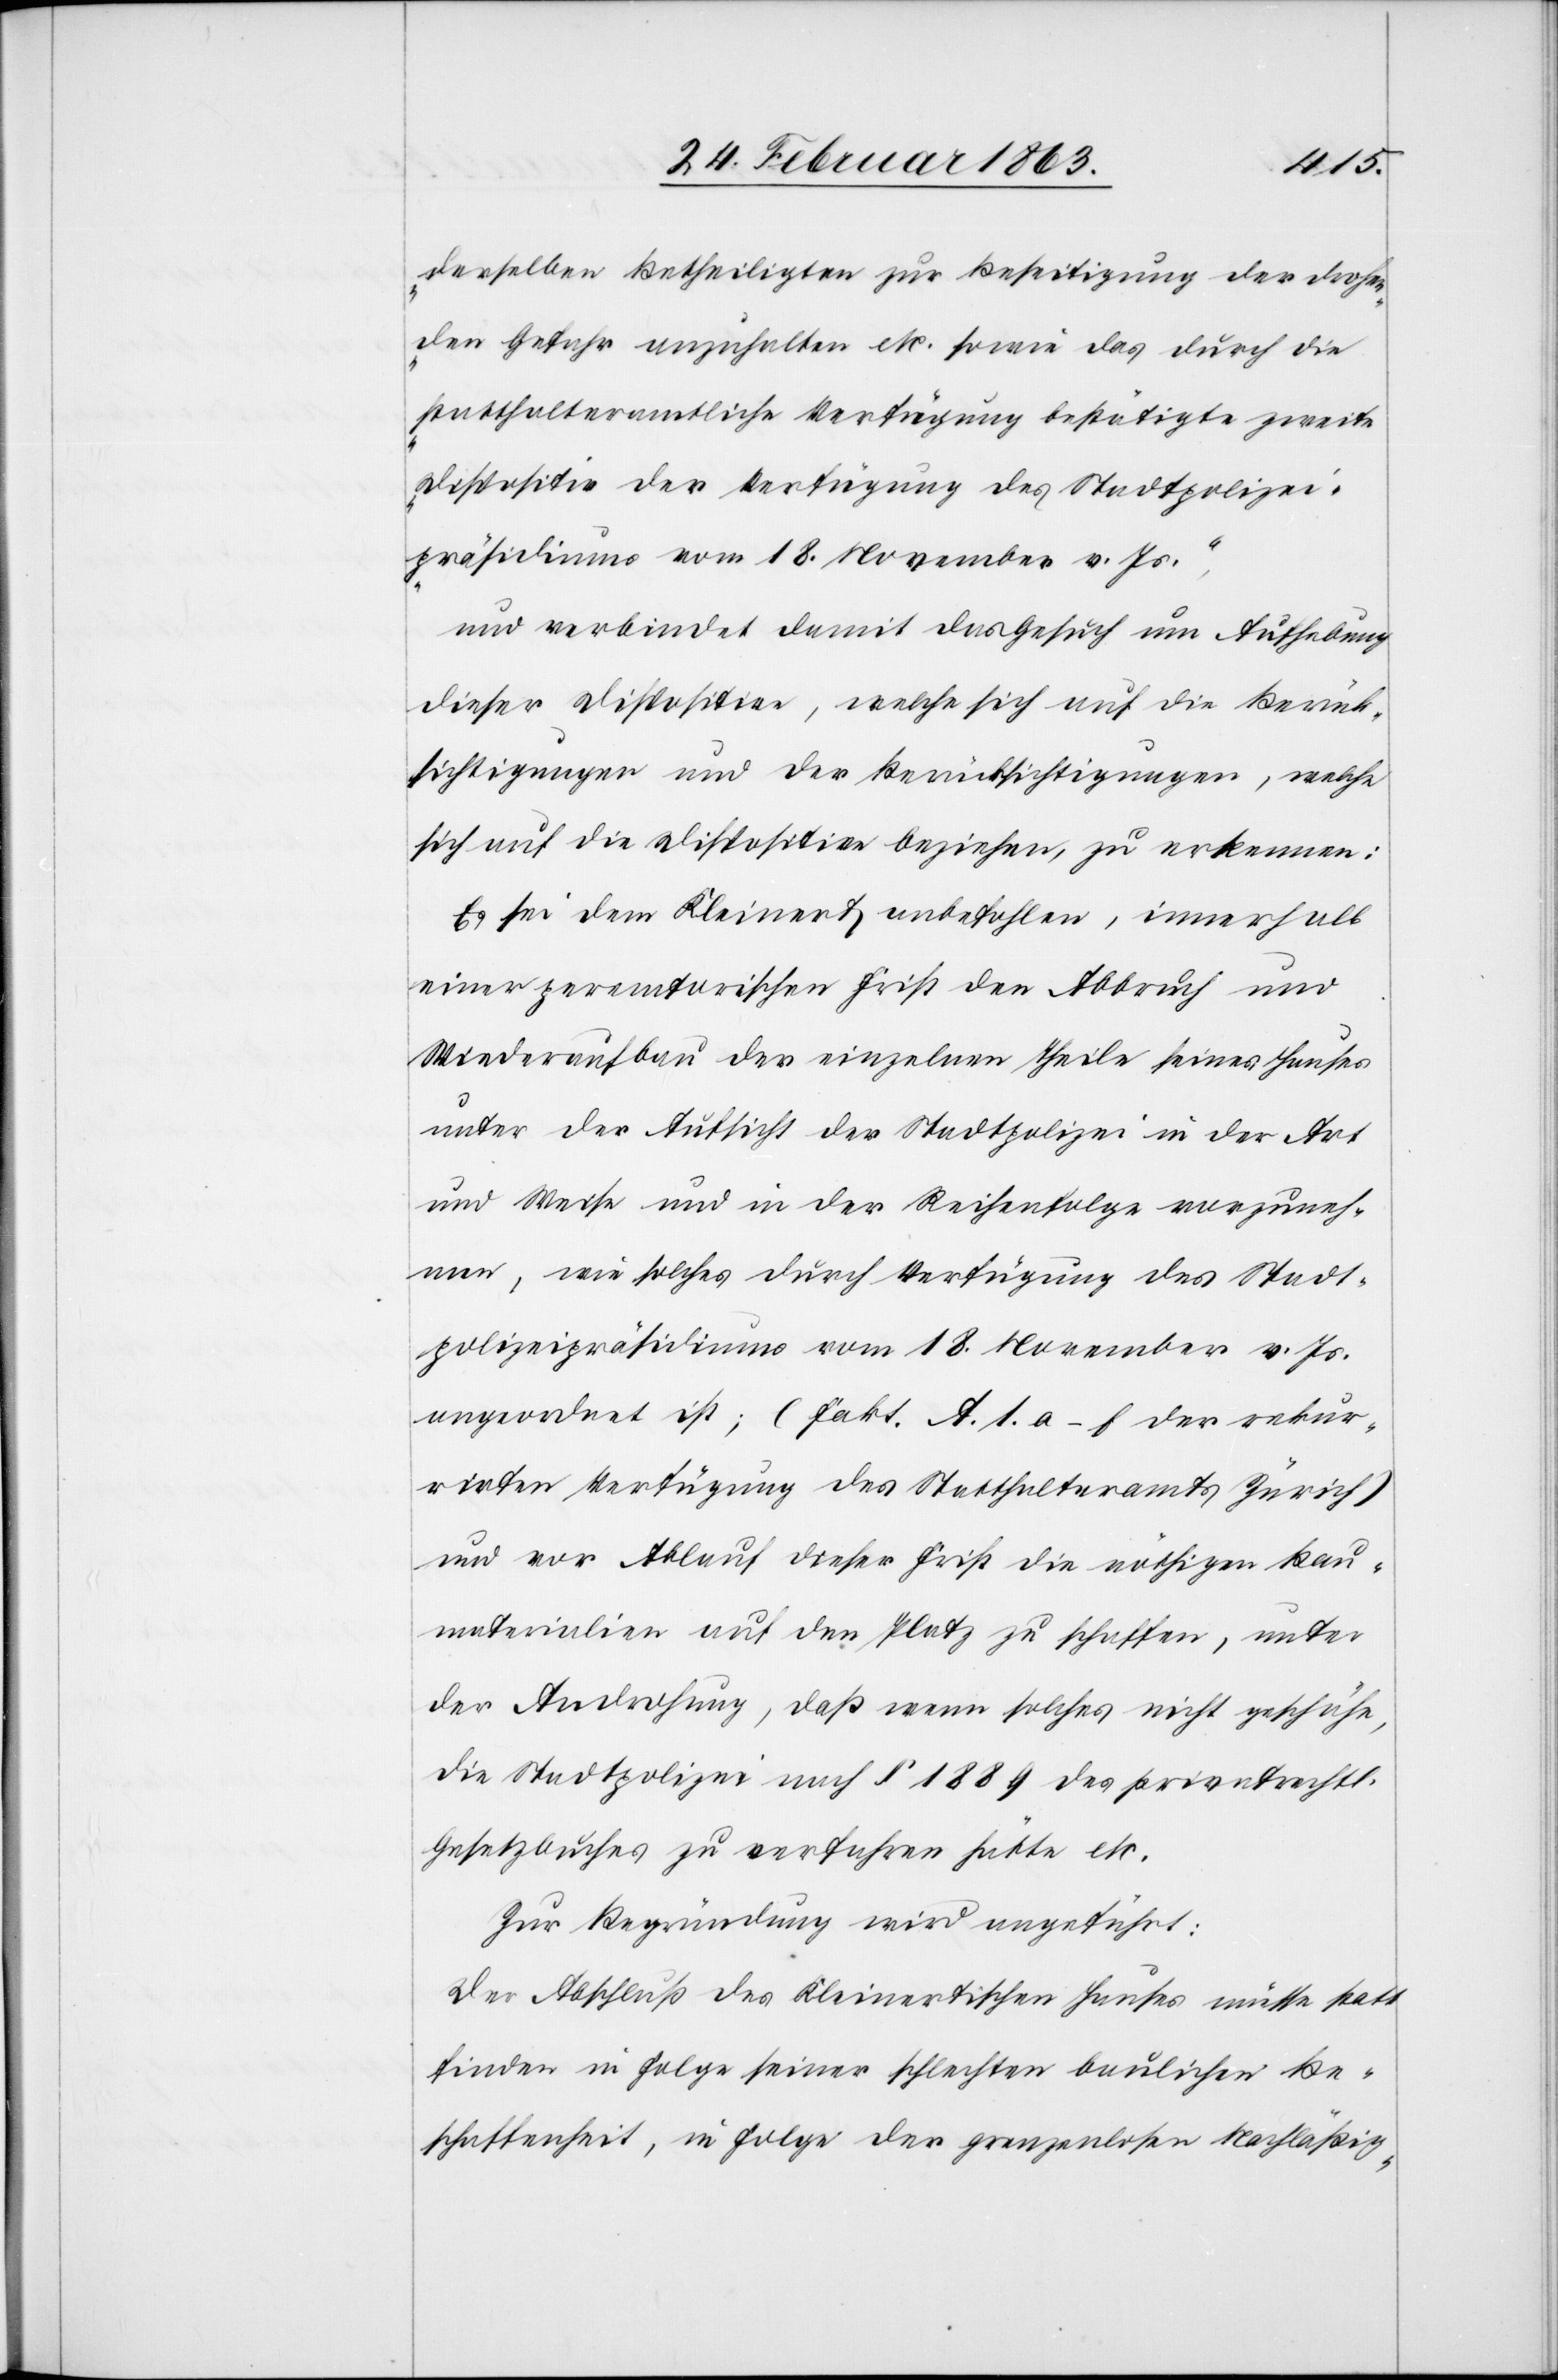
derselben Betheiligten zur Beseitigung der drohen¬
den Gefahr anzuhalten etc. sowie das durch die
statthalteramtliche Verfügung des Stadtpolizei¬
präsidiums vom 18. November v. Js.“,
und verbindet damit das Gesuch um Aufhebung
dieser Dispositive, welche sich auf die Berück¬
sichtigungen und der Berücksichtigungen, welche
sich auf die Dispositive beziehen, zu erkennen:
Es sei dem Kleinert anbefohlen, innerhalb
einer peremptorischen Frist den Abbruch und
Wiederaufbau der einzelnen Theile seines Hauses
unter der Aufsicht der Stadtpolizei in der Art
und Weise und in der Reihenfolge vorzuneh¬
men, wie solches durch Verfügung des Stadt¬
polizeipräsidiums vom 18. November v. Js.
angeordnet ist; (Fakt. A. 1. a–f der rekur¬
rirten Verfügung des Statthalteramts Zürich)
und vor Ablauf dieser Frist die nöthigen Bau¬
materialien auf den Platz zu schaffen, unter
der Androhung, daß wenn solches nicht geschähe,
die Stadtpolizei nach § 1889 des privatrechtl.
Gesetzbuches zu verfahren hätte etc.
Zur Begründung wird angeführt:
Der Abschluß des Kleinertischen Hauses müsse statt
finden in Folge seiner schlechten baulichen Be¬
schaffenheit, in Folge der grenzenlosen Nachläßig-